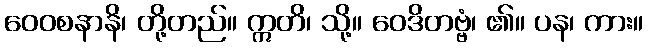
ဝေဝစနာနိ၊ တို့တည်။ ဣတိ၊ သို့။ ဝေဒိတဗ္ဗံ၊ ၏။ ပန၊ ကား။